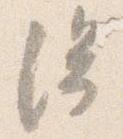
陰